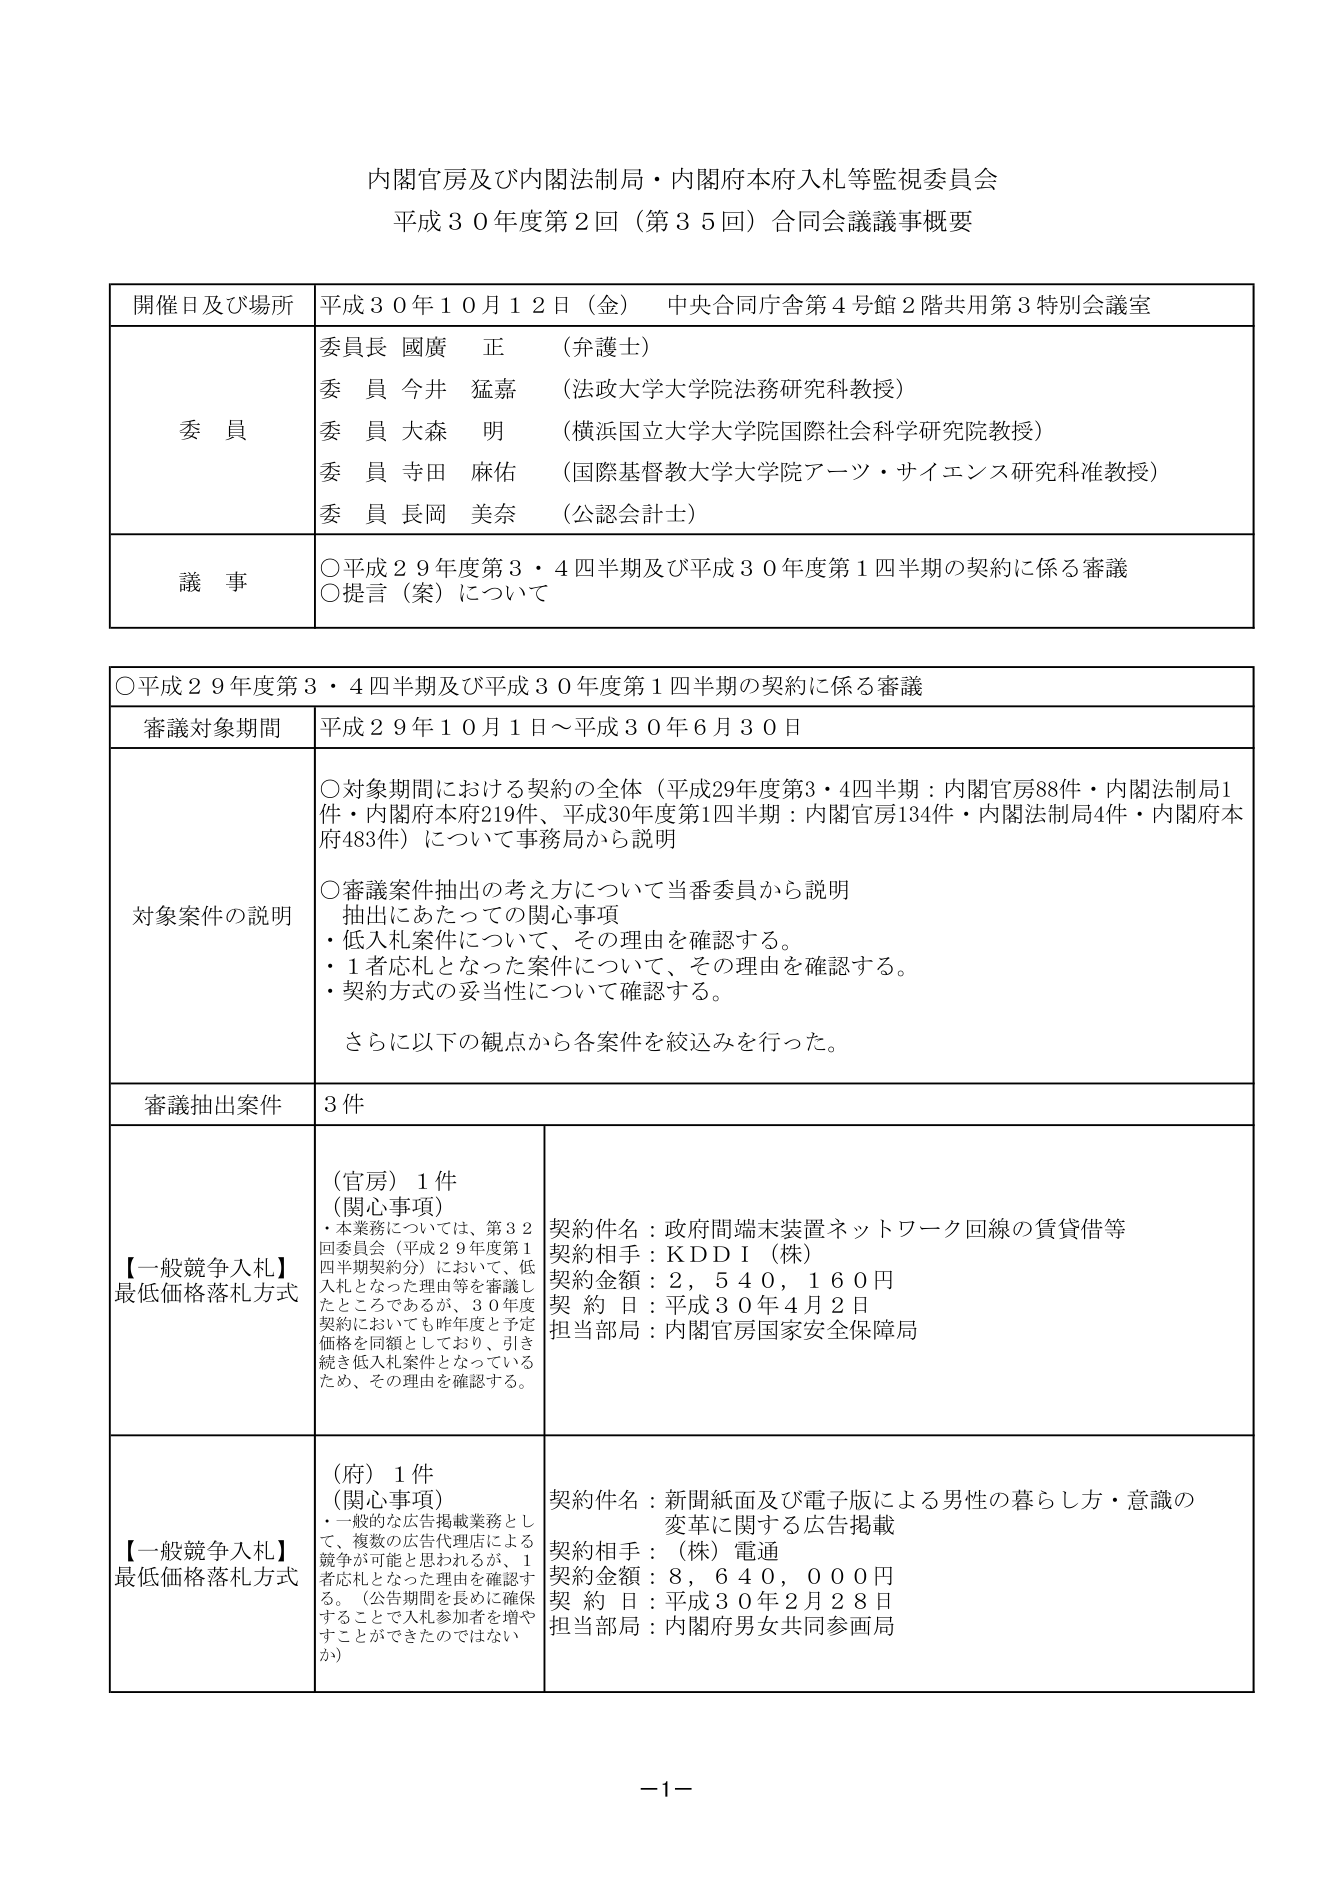
内閣官房及び内閣法制局・内閣府本府入札等監視委員会
平成３０年度第２回（第３５回）合同会議議事概要

開催日及び場所 平成３０年１０月１２日（金） 中央合同庁舎第４号館２階共用第３特別会議室

委員長 國廣 正 （弁護士）
委員 今井 猛嘉 （法政大学大学院法務研究科教授）
委員 大森 明 （横浜国立大学大学院国際社会科学研究院教授）
委員 寺田 麻佑 （国際基督教大学大学院アーツ・サイエンス研究科准教授）
委員 長岡 美奈 （公認会計士）

議事
○平成２９年度第３・４四半期及び平成３０年度第１四半期の契約に係る審議
○提言（案）について

○平成２９年度第３・４四半期及び平成３０年度第１四半期の契約に係る審議

審議対象期間 平成２９年１０月１日～平成３０年６月３０日

対象案件の説明
○対象期間における契約の全体（平成29年度第3・4四半期：内閣官房88件・内閣法制局1件・内閣府本府219件、平成30年度第1四半期：内閣官房134件・内閣法制局4件・内閣府本府483件）について事務局から説明
○審議案件抽出の考え方について当番委員から説明
抽出にあたっての関心事項
・低入札案件について、その理由を確認する。
・1者応札となった案件について、その理由を確認する。
・契約方式の妥当性について確認する。
さらに以下の観点から各案件を絞込みを行った。

審議抽出案件 3件

【一般競争入札】
最低価格落札方式
（官房）1件
（関心事項）
・本業務については、第32回委員会（平成29年度第1四半期契約分）において、低入札となった理由等を審議したところであるが、30年度契約においても昨年度と予定価格を同額としており、引き続き低入札案件となっているため、その理由を確認する。
契約件名：政府間端末装置ネットワーク回線の賃貸借等
契約相手：ＫＤＤＩ（株）
契約金額：２，５４０，１６０円
契 約 日：平成３０年４月２日
担当部局：内閣官房国家安全保障局

【一般競争入札】
最低価格落札方式
（府）1件
（関心事項）
・一般的な広告掲載業務として、複数の広告代理店による競争が可能と思われるが、1者応札となった理由を確認する。（公告期間を長めに確保することで入札参加者を増やすことができたのではないか）
契約件名：新聞紙面及び電子版による男性の暮らし方・意識の変革に関する広告掲載
契約相手：（株）電通
契約金額：８，６４０，０００円
契 約 日：平成３０年２月２８日
担当部局：内閣府男女共同参画局

－1－